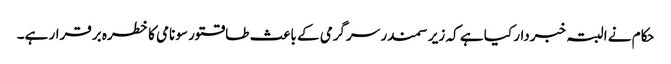
حکام نے البتہ خبردار کیا ہے کہ زیر سمندر سرگرمی کے باعث طاقتور سونامی کا خطرہ برقرار ہے۔